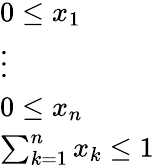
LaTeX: \begin{array}{l}{0\leq x_{1}}\\ {\vdots}\\ {0\leq x_{n}}\\ {\sum_{k=1}^{n}x_{k}\leq 1}\end{array}